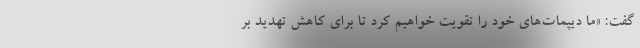
گفت: «ما دیپمات‌های خود را تقویت خواهیم کرد تا برای کاهش تهدید بر